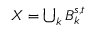
\textstyle X = \bigcup _ { k } B _ { k } ^ { s , t }